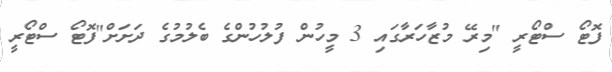
ފޮޓޯ ސްޓޯރީ "މިރޭ މުޒާހަރާގައި 3 މީހުން ފުލުހުންގެ ބެލުމުގެ ދަށަށް"ފޮޓޯ ސްޓޯރީ